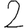
Digit: 2